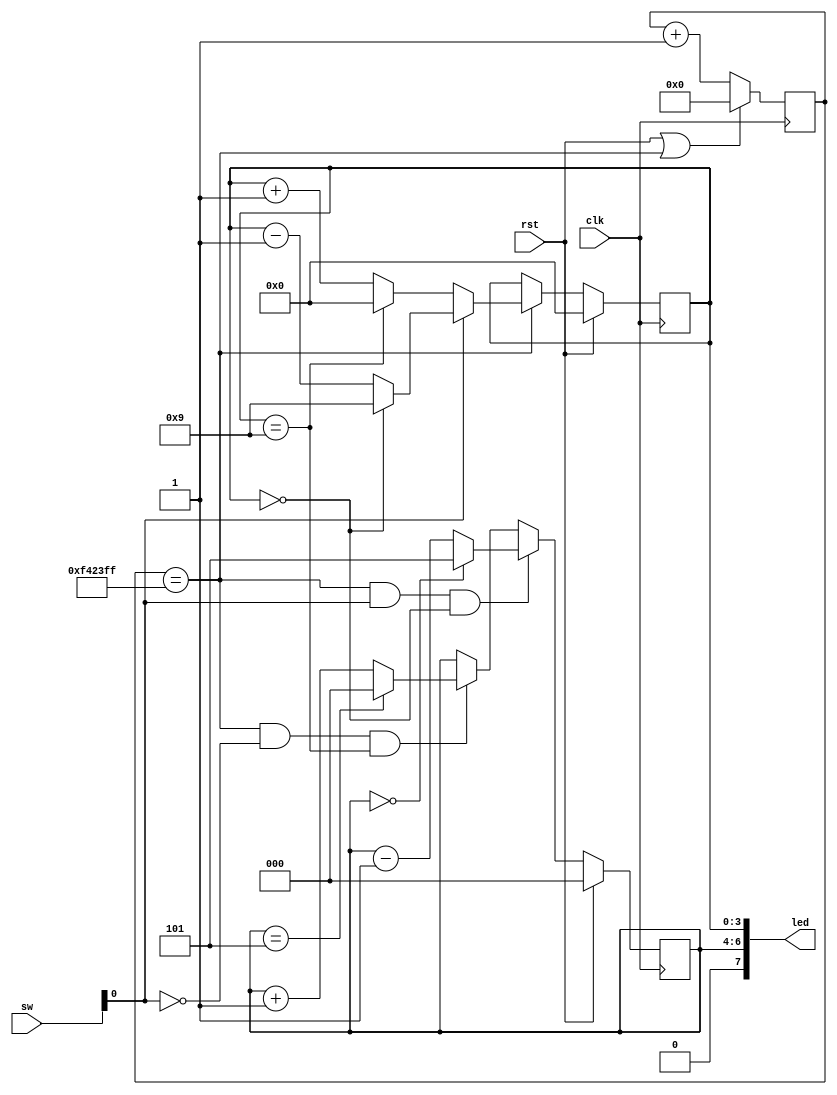
`timescale 1ns / 1ps

module toplevel(
	input clk, //16 MHz
	input rst,
	input[7:0] sw,
	output[7:0] led
);
	 
	/* orajeloszto */
	reg[23:0] clkdiv;
	wire en;
	assign en=(clkdiv==15_999_999);
	always@(posedge clk)
		clkdiv<=(rst|en)?0:(clkdiv+1);

	/* also digit */
	reg[3:0] cntr1;
	always@(posedge clk)
		if(rst)
			cntr1<=0;
		else if(en)
			if(sw[0])
				cntr1<=(cntr1==0)?9:(cntr1-1);
			else
				cntr1<=(cntr1==9)?0:(cntr1+1);
			
	/* felso digit */
	reg[2:0] cntr2;
	always@(posedge clk)
		if(rst)
			cntr2<=0;
		else if(en&sw[0]&(cntr1==0))
			cntr2<=(cntr2==0)?5:(cntr2-1);
		else if(en&~sw[0]&(cntr1==9))
			cntr2<=(cntr2==5)?0:(cntr2+1);

	/* LED-ek meghajtasa */
	assign led={1'b0,cntr2,cntr1};

endmodule